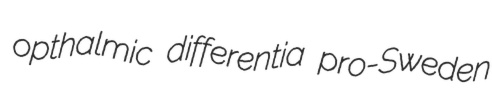
opthalmic differentia pro-Sweden